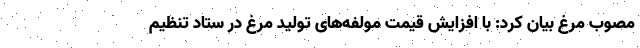
مصوب مرغ بیان کرد: با افزایش قیمت مولفه‌های تولید مرغ در ستاد تنظیم